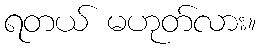
ရတယ် မဟုတ်လား။